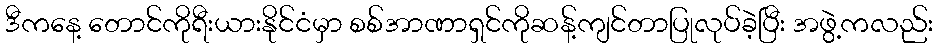
ဒီကနေ့ တောင်ကိုရီးယားနိုင်ငံမှာ စစ်အာဏာရှင်ကိုဆန့်ကျင်တာပြုလုပ်ခဲ့ပြီး အဖွဲ့ကလည်း